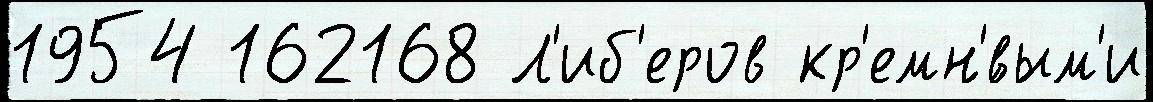
1954 162168 Л'иб'еров кр'емн'́вым'и